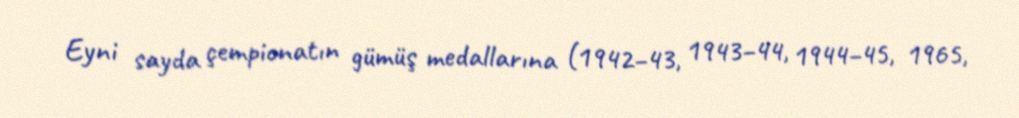
Eyni sayda çempionatın gümüş medallarına (1942–43, 1943–44, 1944–45, 1965,